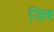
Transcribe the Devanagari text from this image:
जिब